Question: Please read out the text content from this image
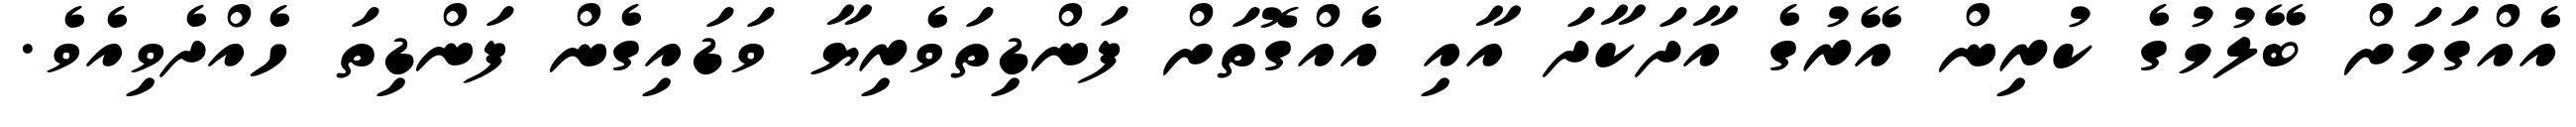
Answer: އެއްގަމަށް ބޭލުމުގެ ކުރިން އޭރުގެ އާދަކާދަ އާއި އެއްގޮތަށް ފަންޑިތަވެރިޔާ ވަޑައިގެން ފަންޑިތަ ހެއްދެވިއެވެ.